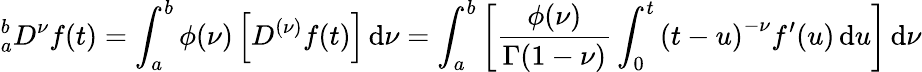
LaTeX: {}_{a}^{b}D^{\nu}f(t)=\int_{a}^{b}\phi(\nu)\left[D^{(\nu)}f(t)\right]\, \mathrm{d}\nu=\int_{a}^{b}\left[{\frac{{\phi(\nu)}}{{\Gamma(1-\nu)}}}\int_{0}^{t}\left(t-u\right)^{-\nu}f^{\prime}(u)\, \mathrm{d}u\right]\, \mathrm{d}\nu